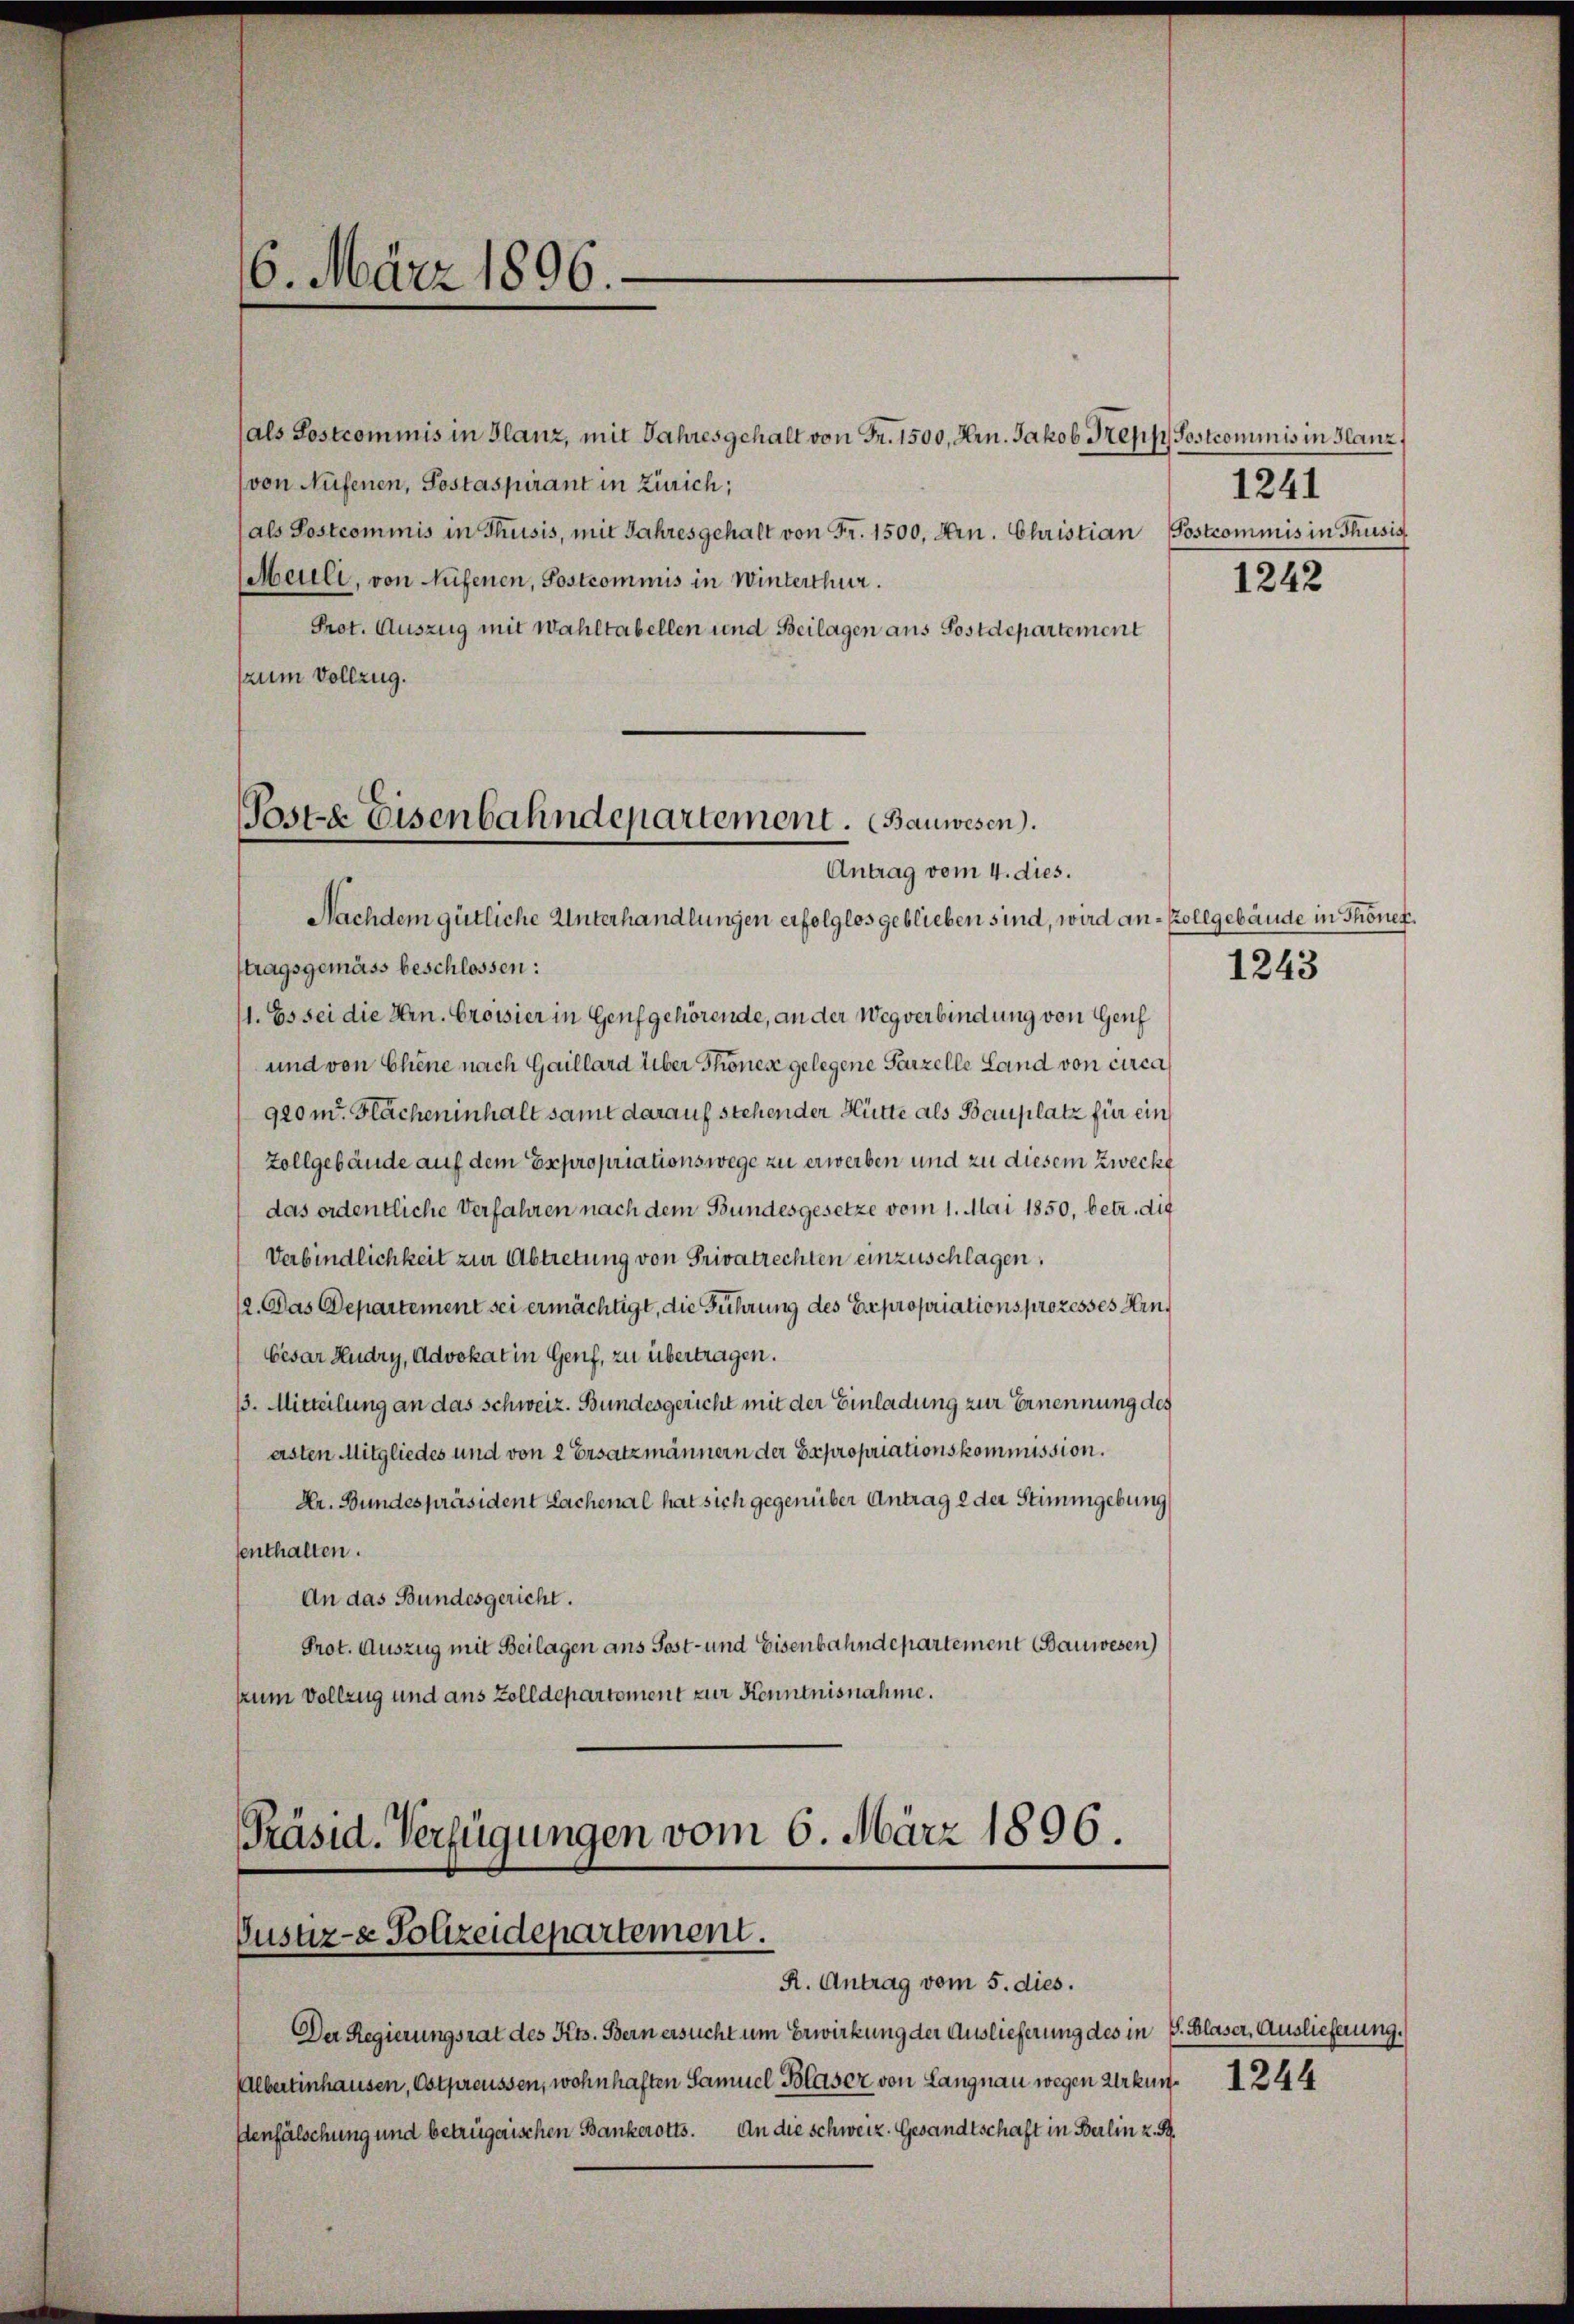
6. März 1896.

(als Postcommis in Glanz, mit Jahresgehalt von Fr. 1500, Hrn. Jakob Trepp. Postcommis in Glanz,
von Aufenen, Postaspirant in Zürich;
(als Postcommis in Thusis, mit Jahresgehalt von Fr. 1500. Arn. Christian Postcommis in Thusis
Meuli, von Aufenen, Postcommis in Winterthur.
Prot. Auszug mit Wahltabellen und Beilagen aus Postdepartement
(zum Vollzug.

Poste Eisenbahndepartement. (Bauwesen.
Antrag vom 4. dies.

Präsid. Verfügungen vom 6. März 1896.
Justiz- & Polizeidepartement.
R. Antrag vom 5. dies.

1241

Nachdem gütliche Unterhandlungen erfolglos geblieben sind, wird an- Zollgebäude in Thonefstragsgemäss beschlossen:
1. Es sei die Hrn. Croisier in Genf gehörende, an der Wegverbindung von Genf
und von Chene nach Gaillard über Thones gelegene Parzelle Land von circa
900 m. Flächeninhalt samt darauf stehender Hütte als Bauplatz für ein
Zollgebäude auf dem Expropriationswege zu erwerben und zu diesem Zweckt
das ordentliche Verfahren nach dem Bundesgesetze vom 1. Mai 1850, betr. die
Verbindlichkeit zur Abtretung von Privatrechten einzuschlagen,
12. Das Departement sei ermächtigt, die Führung des Expropriations prozesses Hrn.
Cesar Hudry, Advokat in Genf, zu übertragen.
13. Mitteilung an das Schweiz. Bundesgericht mit der Einladung zur Ernennung des
ersten Mitgliedes und von 2 Ersatzmännern der Expropriationskommission.
Kr. Bundespräsident Lachenal hat sich gegenüber Antrag 2 der Stimmgebung
senthalten.
An das Bundesgericht.
Prot. Auszug mit Beilagen ans Post- und Eisenbahndepartement Bauwesen
zum Vollzug und aus Zolldepartement zur Kenntnisnahme.

Der Regierungsrat des Kts. Bern ersucht um Erwirkung der Auslieferung des in S. Blaser, Auslieferung.
Albertinhausen, Ostpreussen, wohnhaften Samuel Blaser von Langnau wegen Urkung. 1244
senfälschung und betrügerischen Bankerotts. An die Schweiz. Gesandtschaft in Berlin z. B.

1242

1243